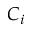
C _ { i }